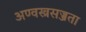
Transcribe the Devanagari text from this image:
अण्वस्त्रसज्जता